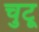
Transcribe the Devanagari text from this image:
चुटू